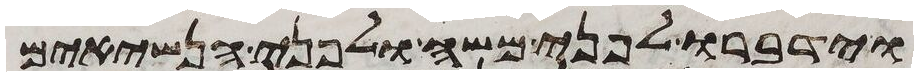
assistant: וידברו לפני משה ולפני הנשיאים